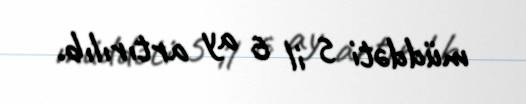
müddəti 5 il 6 ay artırılıb.